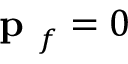
\textbf { p } _ { f } = 0